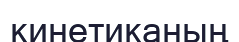
кинетиканың